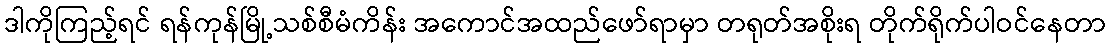
ဒါကိုကြည့်ရင် ရန်ကုန်မြို့သစ်စီမံကိန်း အကောင်အထည်ဖော်ရာမှာ တရုတ်အစိုးရ တိုက်ရိုက်ပါဝင်နေတာ